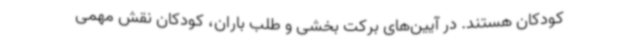
کودکان هستند. در آیین‌های برکت بخشی و طلب باران، کودکان نقش مهمی